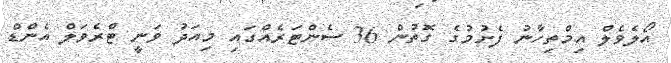
އޯލެވެލް އިމްތިހާނު ފެށުމުގެ ގޮތުން 36 ސެންޓަރެއްގައި މިއަދު ވަނީ ޓްރެވަލް އެންޑް